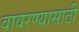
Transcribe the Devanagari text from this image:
वावरण्यासाठी